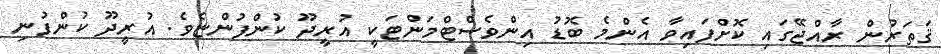
ޤަތަރުން ރާއްޖޭގައި ކޮށްފައިވާ އެންމެ ބޮޑު އިންވެސްޓްމަންޓަކީ އުރީދޫ ކުންފުންޏެވެ. އުރީދޫ ކުންފުނި